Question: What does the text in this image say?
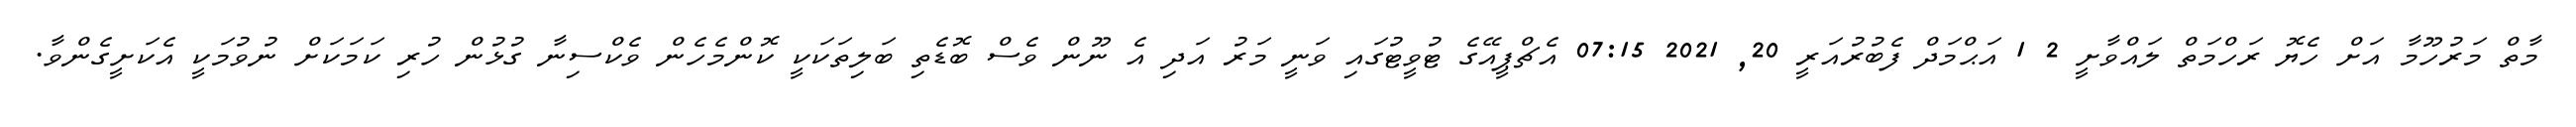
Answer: މާތް މަރުހޫމާ އަށް ހެޔޮ ރަހްމަތް ލައްވާށީ 2 1 އަޙްމަދް ފެބުރުއަރީ 20, 2021 07:15 އެޗްޕީއޭގެ ޓުވީޓުގައި ވަނީ މަރު އަދި އެ ނޫން ވެސް ބޮޑެތި ބަލިތަކަކީ ކޮންމެހެން ވެކްސިނާ ގުޅުން ހުރި ކަމަކަށް ނުވުމަކީ އެކަށީގެންވާ.